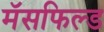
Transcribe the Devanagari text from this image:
मॅसफिल्ड